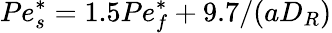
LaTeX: Pe_{s}^{*}=1.5Pe_{f}^{*}+9.7/(aD_{R})